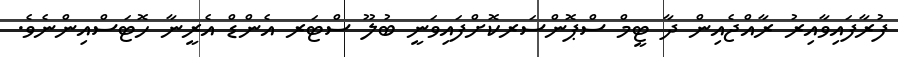
ފުރާފައިވާއިރު ރާއްޖެއިން ދާ ޓީމް ސްޕޮންސަރކޮށްފައިވަނީ ބުލޫ ސްޓަރ އެންޑް އެރީނާ ހޮޓަސްއިންނެވެ.